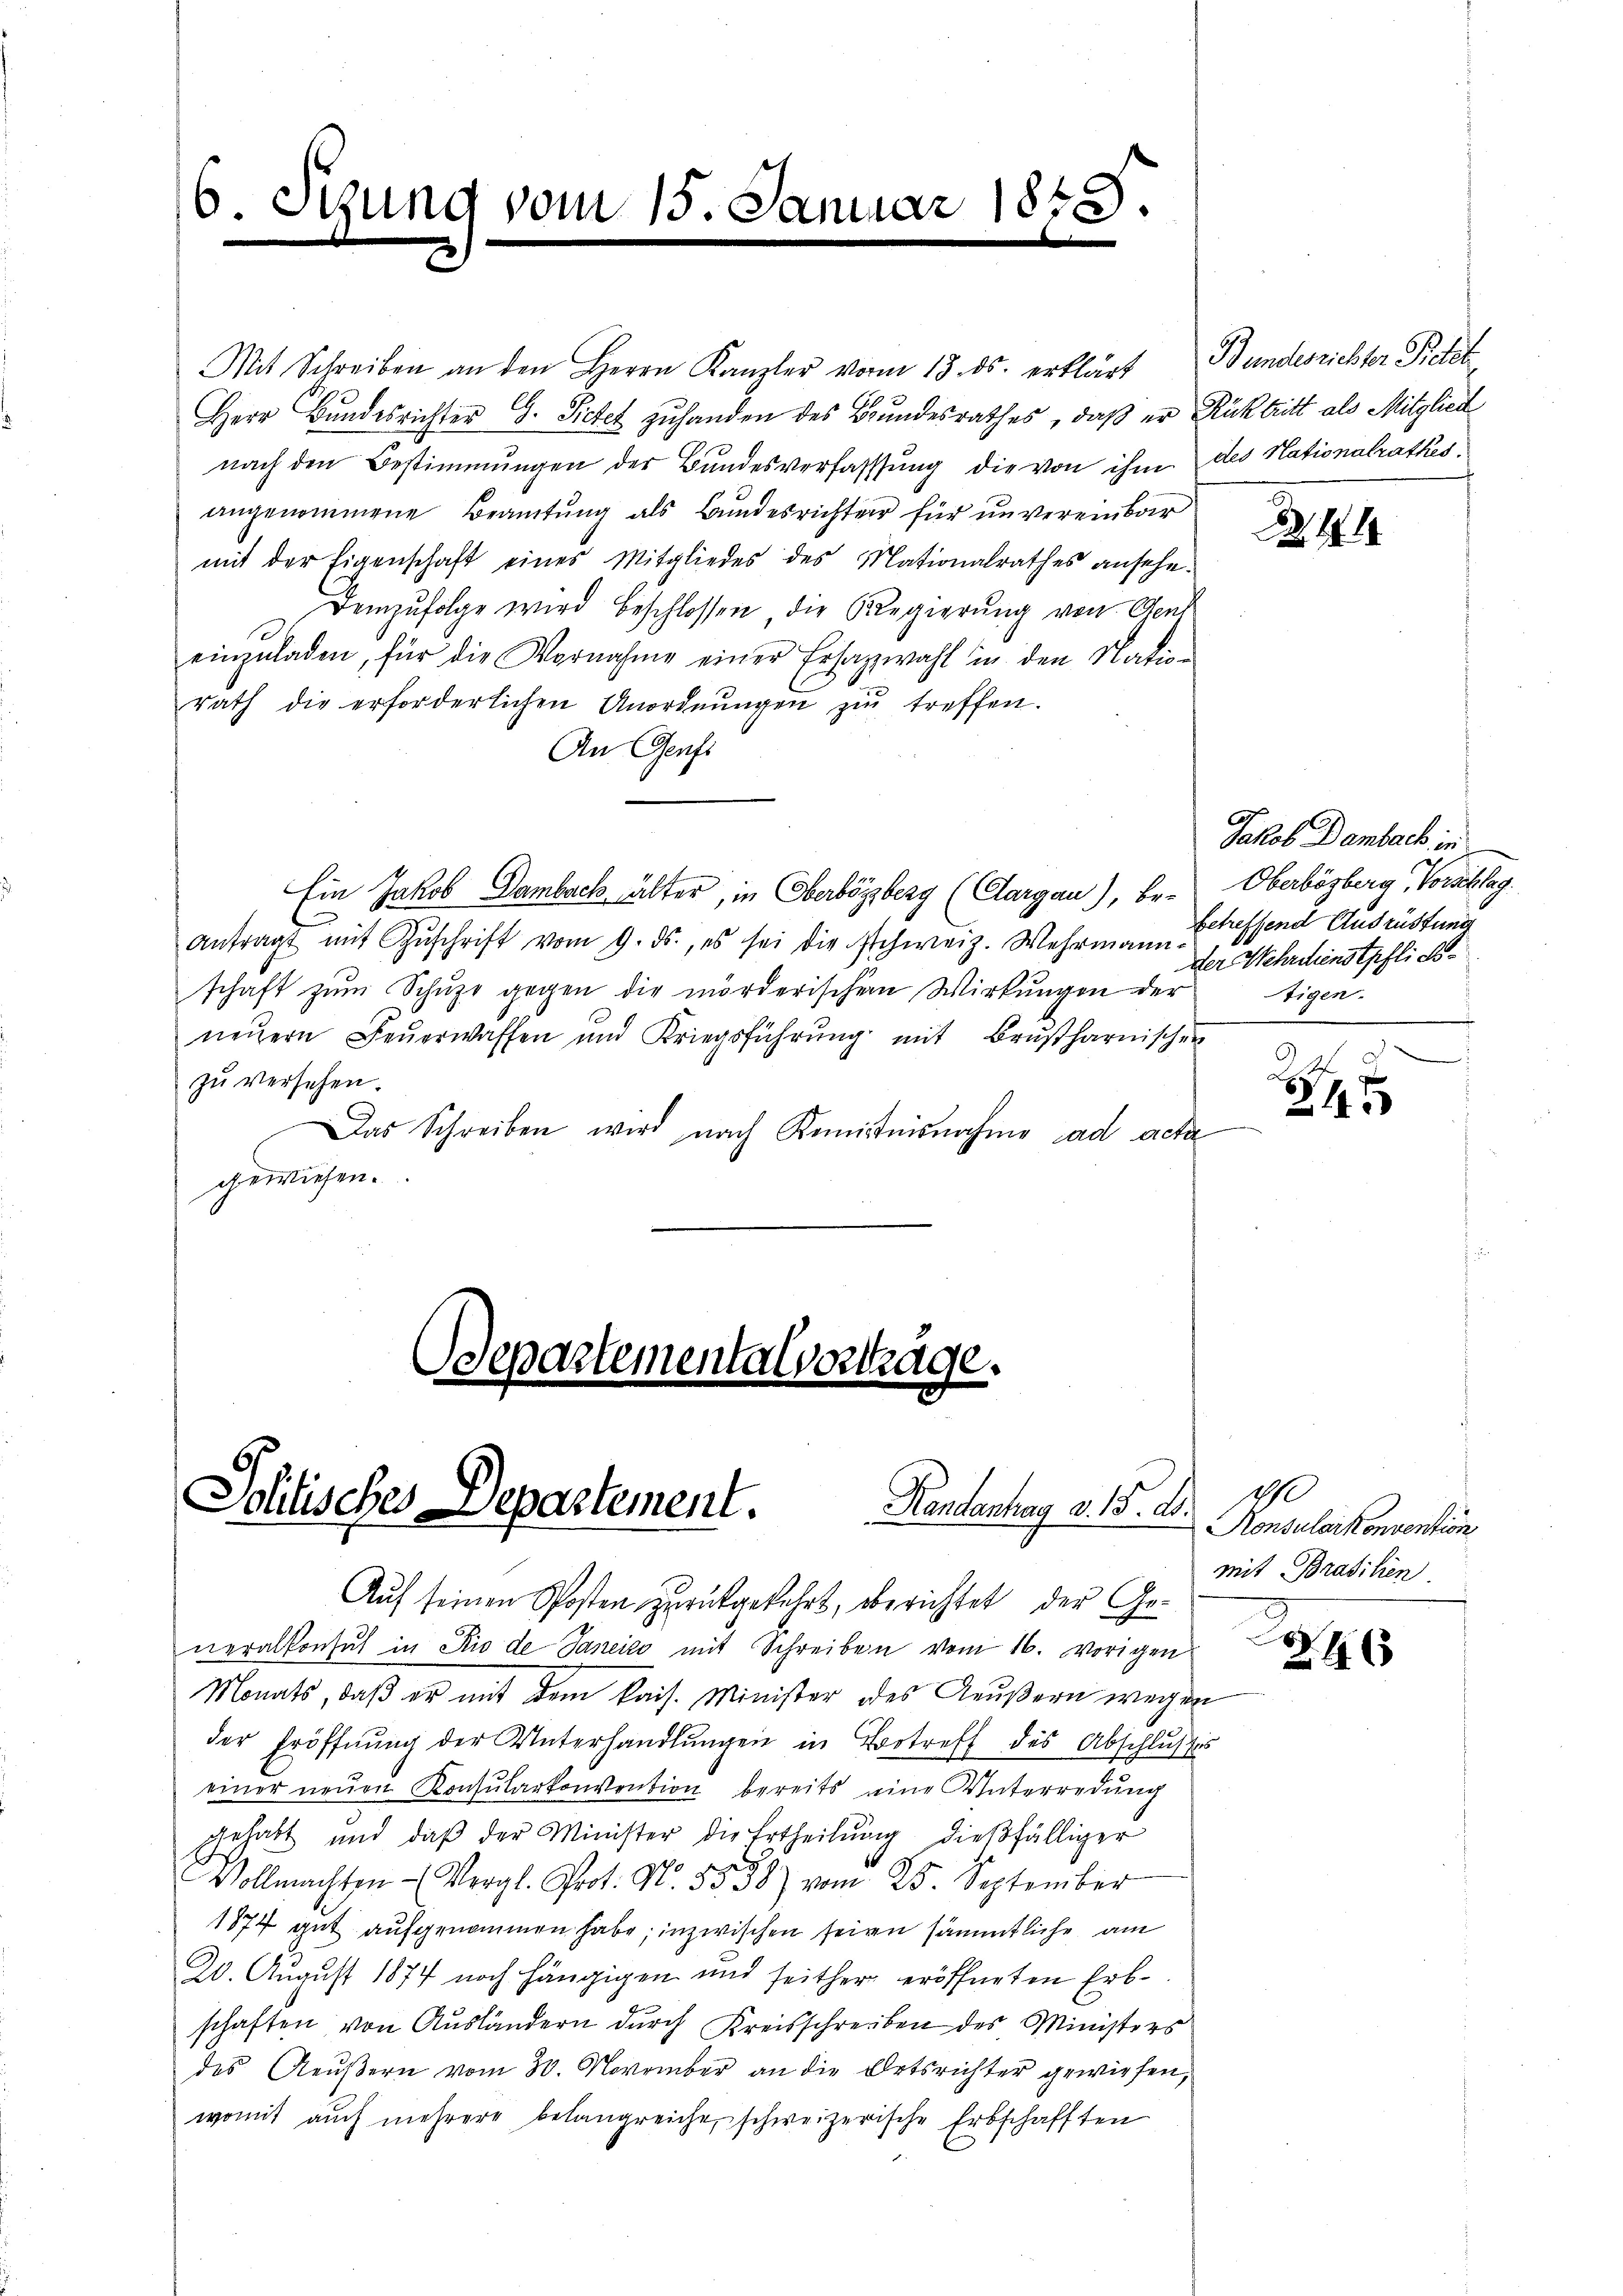
6. Sizung vom 15. Januar 1848.

Mit Schreiben an den Herrn Kanzler vom 13. ds. erklärt Bundesrichter Pietet
Herr Bundesrichter G. Pietet zuhanden des Bundesrathes, daß er Rücktritt als Mitglied
nach den Bestimmungen der Bundesverfassung die von ihm des Nationalrathes,
angenommene Beamtung als Bundesrichter für unvereinbar
mit der Eigenschaft eines Mitgliedes des Mationalrathes ansehe.
Demzufolge wird beschlossen die Regierŭng von Aeus
einzŭladen, für die Vornahme einer Ersatzwahl in den Nadie-
rath die erforderlichen Anordnŭngen zŭ treffen.
An Genf
Ein Jakob Dambach älter, in Oberbözberg (Cargau), be-Oberbösberg, Vorschlag
antragt mit Zŭschrift vom 9. ds., es sei die Schweiz. Wehrmann treffend Ausrüstung
schaft zŭm Schŭze gegen die mörderischen Wirkungen der
neŭern Feŭerwaffen und Kriegsführŭng mit Brŭβharnischen
zŭ versehen.
Das Schreiben wird nach Komitnisnahme ad acta
gewiesen.
Ddepartementalverthäge.

Solitisches Departement. Kantenhang v. 1. 2.

Auf seinen Posten zurückgekehrt, aberichtet, der Generalkonsul in Rio de Janeiro mit Schreiben vom 16. vorigen
Monats, daβ er mit dem kais. Minister des Aeŭβern wegen
der Eröffnŭng der Unterhandlŭngen in Betreff des Abschlußes
einer neŭen Konsularkonvention bereits eine Unterredung
gehabt und daβ der Minister die Ertheilŭng dießfälliger
Vollmachten Vergl. Prot. N. 5588) vom 25. September
1874 gut aufgenommen habe; inzwischen seien sämmtliche am
20. August 1874 noch hängigen und seither eröffneten Erb-
schaften von Ausländern durch Kreisschreiben des Ministers
des Reußern vom 30. November an die Ortsrichter gewiesen,
womit auch mehrere belangreiche schweizerische Erbschafften

344

Jakob Dambach in
der Wehrdienstschlich
Eigen.

d 2
1

190
Konsularkonvention
mit Brasilien.

2
246